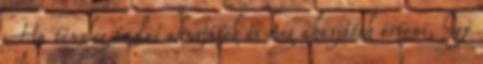
Ha tényleg tudni akarjátok és meg akarjátok érteni, hogy